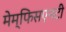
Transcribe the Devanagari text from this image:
मेम्फिसएनटी